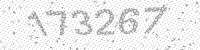
Solution: 173267